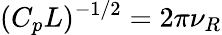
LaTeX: (C_{p}L)^{-1/2}=2\pi\nu_{R}